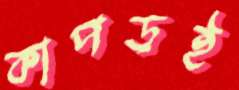
কাপড়ই